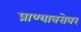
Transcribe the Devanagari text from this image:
प्राण्याबरोबर